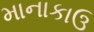
માનાકાઉ